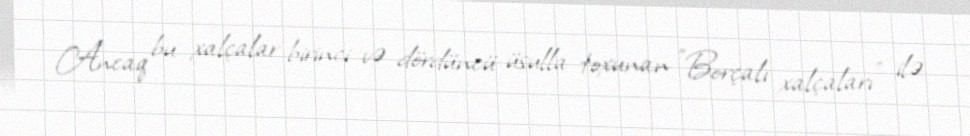
Ancaq bu xalçalar birinci və dördüncü üsulla toxunan "Borçalı xalçaları" ilə